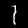
Digit: 1